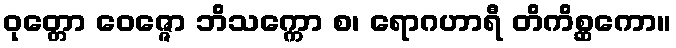
ဝုတ္တော ဝေဇ္ဇော ဘိသက္ကော စ၊ ရောဂဟာရီ တိကိစ္ဆကော။